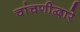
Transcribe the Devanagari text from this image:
चांचणीद्वारे